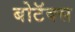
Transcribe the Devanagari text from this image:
बोटॅक्स